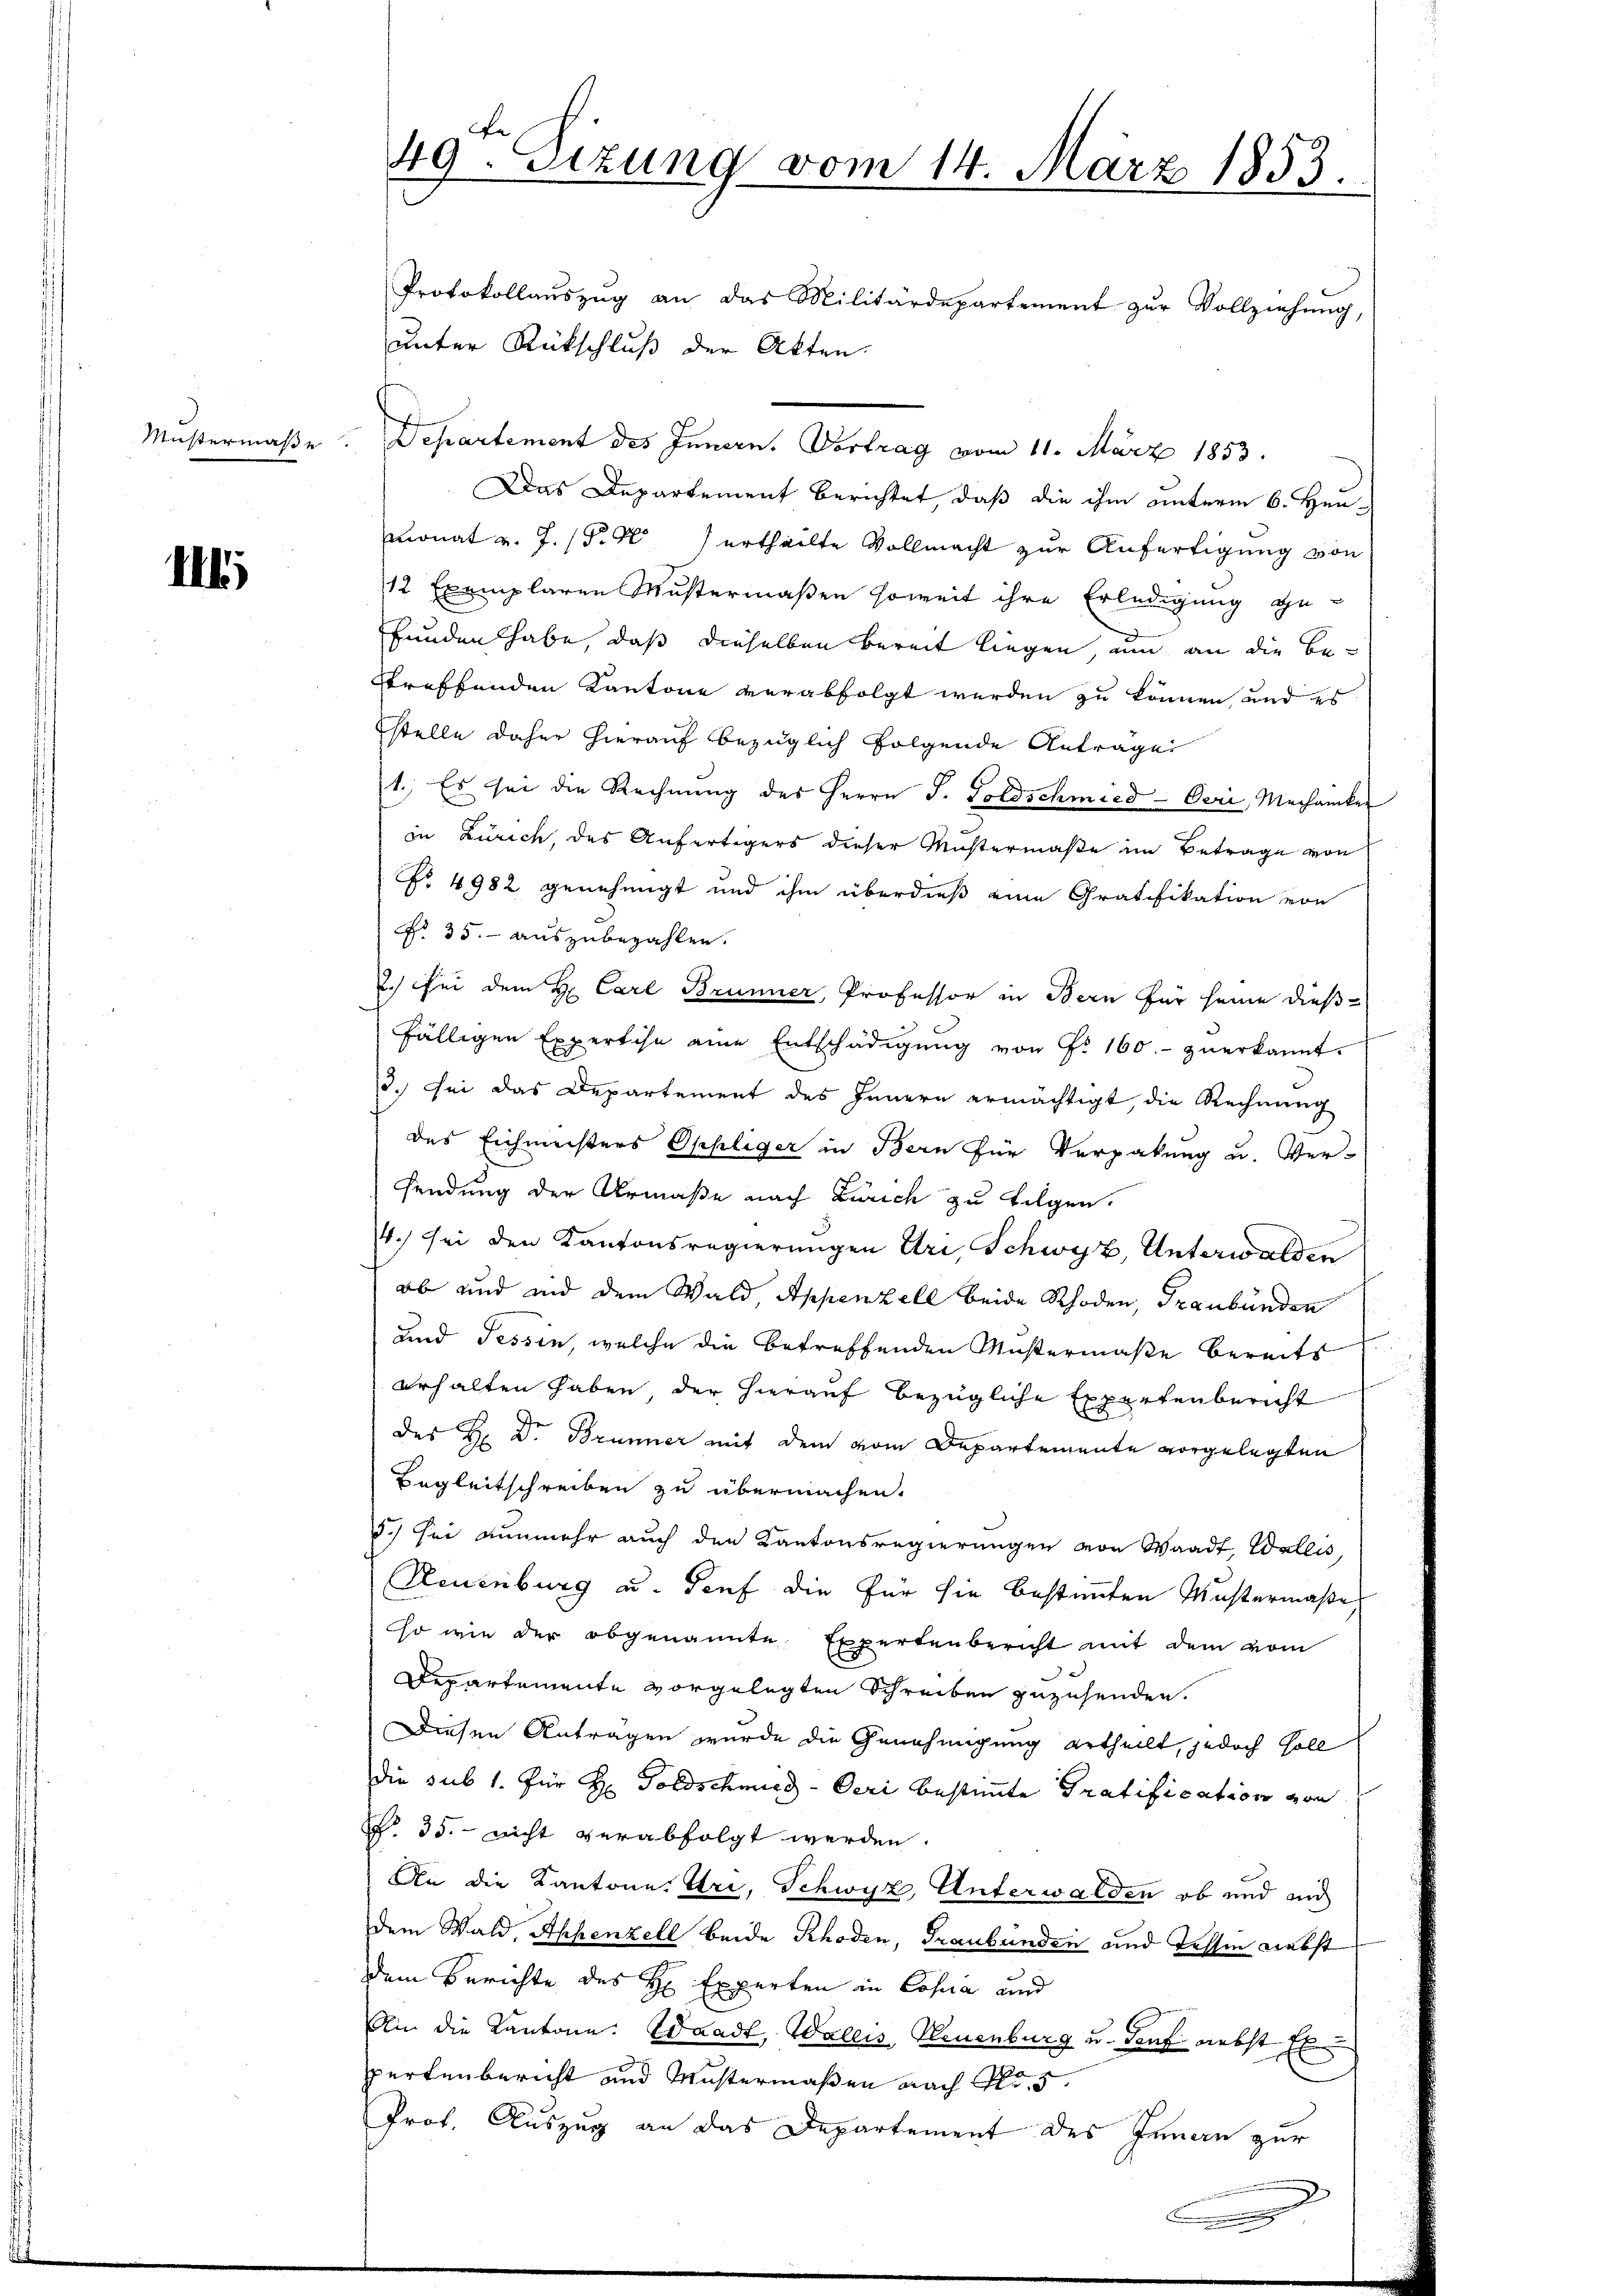
Mustermaße

III.

s

f
49. Sizung vom 14. März 1853.
Protokollaŭszŭg an das Militärdepartement zŭr Vollziehung,

unter Rückschluß der Akten.
Departement des Innern. Vortrag vom 11. März 1853.
Das Departement berichtet, daß die ihm unterm 6. Heumonat v. J. (T. Kurtheilte Vollmacht zur Anfertigung von
12 Exemplaren Mustermaßen soweit ihre Erledigung ge-
funden habe, daß dieselben bereit liegen, um an die Be-
etreffenden Kantone verabfolgt werden zu können, und es
stelle daher hierauf bezüglich folgende Antrage
1., Es sei die Rechnung des Herrn J. Goldschmied - Oeri, Mechaniker
in Zürich, des Anfertigers dieser Mustermaße im Betrage von
No 4982 genehmigt und ihm überdieß eine Gratifikation von
No 35. auszubezahlen.
2.) Bei dem H. Carl Brunner, Professor in Bern für seine dießfälligen Expertise eine Entschädigŭng von Fr. 160.- zŭerkannt.
13. Sei das Departement des Innern ermächtigt, die Rechnung
des Eichmeisters Ophliger in Bern für Verpakung u. Ver-
sendung der Armaße nach Zürich zu folgen.
4.) Sei den Kantonsregierungen Uri, Schwyz, Unterwalden
ob und und dem Wald, Appenzell beide Rhoden, Graubünden
und Tessin, welche die betreffenden Mustermaße bereits
erhalten haben der hierauf bezügliche Expertenbericht
des H: Dr. Brunner mit dem vom Departemente vorgelegten
Begleitschreiben zu übermachen.
5.) Sei nunmehr auch den Kantonsregierungen von Waadt, Wallis,
Neuenburg u. Genf die für sie bestimmten Mustermaße
so wie der obgenannte Expertenbericht mit dem vom
Departemente vorgelegten Schreiben zuzusenden.
Diesen Antragen wurde die Genehmigung ertheilt, jedoch soll
die sub 1. für H: Goldschmied - Oeri bestimmte Pratification von
§ 35. nicht verabfolgt werden.
An die Kantone Uri, Schwyz, Unterwalden, ob und und
dem Wald, Appenzell beide Rhoden, Graubünden und Tessin nebst
dem Berichte des H. Experten in Cosa und
An die Kantone: Waadt, Wallis, Neuenburg u. Tanz nebst E
pertenbericht und Mustermaßen nach Fr. 5.
Prof. Auszug an das Departement des Innau zur

u